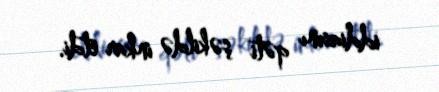
iddiasını qəti şəkildə inkar etdi.